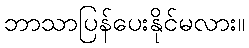
ဘာသာပြန်ပေးနိုင်မလား။